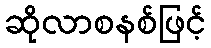
ဆိုလာစနစ်ဖြင့်